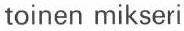
toinen mikseri